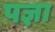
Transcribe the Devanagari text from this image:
पज्ञा